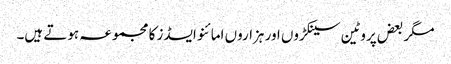
مگر بعض پروٹین سینکڑوں اور ہزاروں امائنو ایسڈز کا مجموعہ ہوتے ہیں۔